Civil Veterinary Department Bengal reports 1933-51 - 1933-1951
Year: 1933
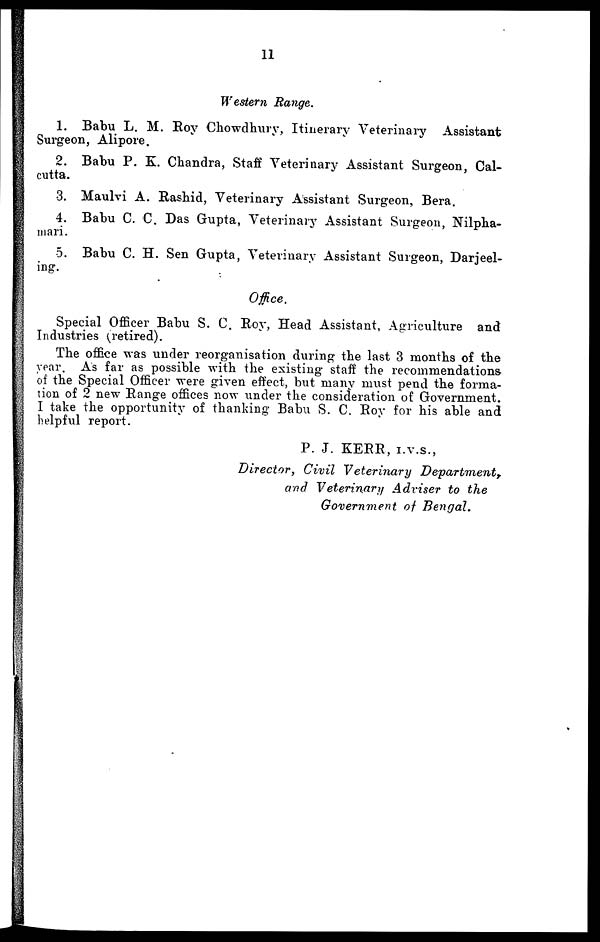
11
Western Range.
1. Babu L. M. Roy Chowdhury, Itinerary Veterinary Assistant
Surgeon, Alipore.
2. Babu P. K. Chandra, Staff Veterinary Assistant Surgeon, Cal-
cutta.
3. Maulvi A. Rashid, Veterinary Assistant Surgeon, Bera.
4. Babu C. C. Das Gupta, Veterinary Assistant Surgeon, Nilpha-
mari.
5. Babu C. H. Sen Gupta, Veterinary Assistant Surgeon, Darjeel-
ing.
Office.
Special Officer Babu S. C. Roy, Head Assistant, Agriculture and
Industries (retired).
The office was under reorganisation during the last 3 months of the
year. As far as possible with the existing staff the recommendations
of the Special Officer were given effect, but many must pend the forma-
tion of 2 new Range offices now under the consideration of Government.
I take the opportunity of thanking Babu S. C. Roy for his able and
helpful report.
P. J. KERR, I.V.S.,
Director, Civil Veterinary
Department,
and Veterinary Adviser to the
Government of Bengal.